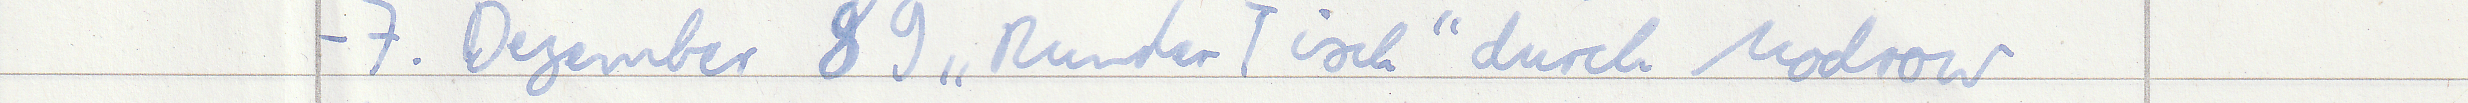
- 7. Dezember 98 "Runder Tisch" durch Modrow